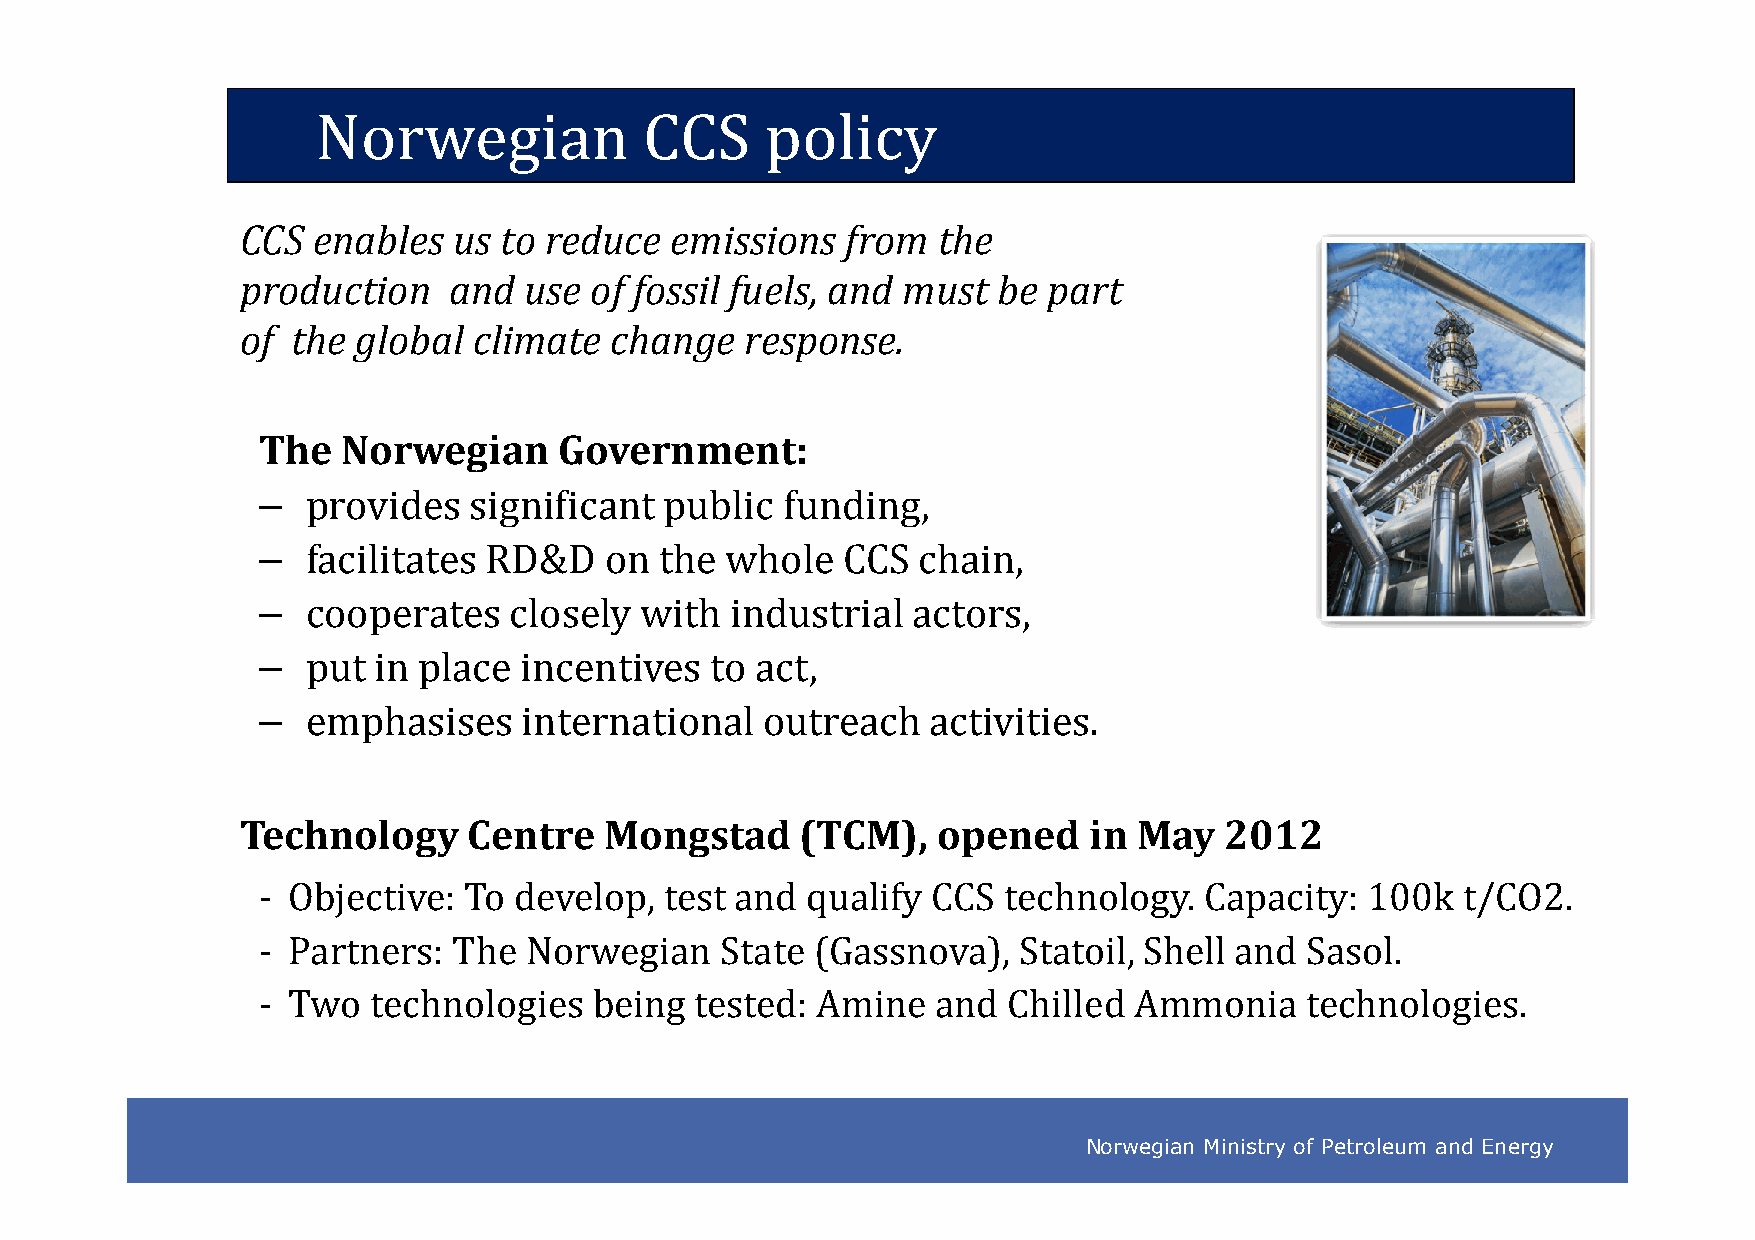
Norwegian             CCS     policy
 CCS  enables  us to reduce  emissions   from  the
 production    and  use of fossil fuels, and must  be part
 of the  global climate  change   response.
 The   Norwegian     Government:
 –
 provides   significant  public  funding,
 –
 facilitates RD&D    on  the whole   CCS  chain,
 ––
 ccooooppeerraatteess cclloosseellyy wwiitthh iinndduussttrriiaall aaccttoorrss,,
 –
 put  in place incentives   to act,
 –
 emphasises     international  outreach    activities.
 Technology     Centre   Mongstad     (TCM),   opened    in May   2012
 - Objective:  To develop,  test and qualify  CCS technology.   Capacity:  100k  t/CO2.
 - Partners:  The  Norwegian    State (Gassnova),  Statoil, Shell and Sasol.
 - Two   technologies  being  tested: Amine   and  Chilled Ammonia    technologies.
 Norwegian Ministry of Petroleum and Energy